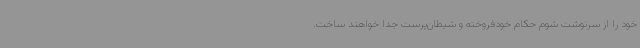
خود را از سرنوشت شوم حکام خودفروخته و شیطان‌پرست جدا خواهند ساخت.